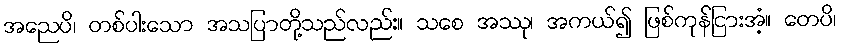
အညေပိ၊ တစ်ပါးသော အသပြာတို့သည်လည်း။ သစေ အဿု၊ အကယ်၍ ဖြစ်ကုန်ငြားအံ့။ တေပိ၊